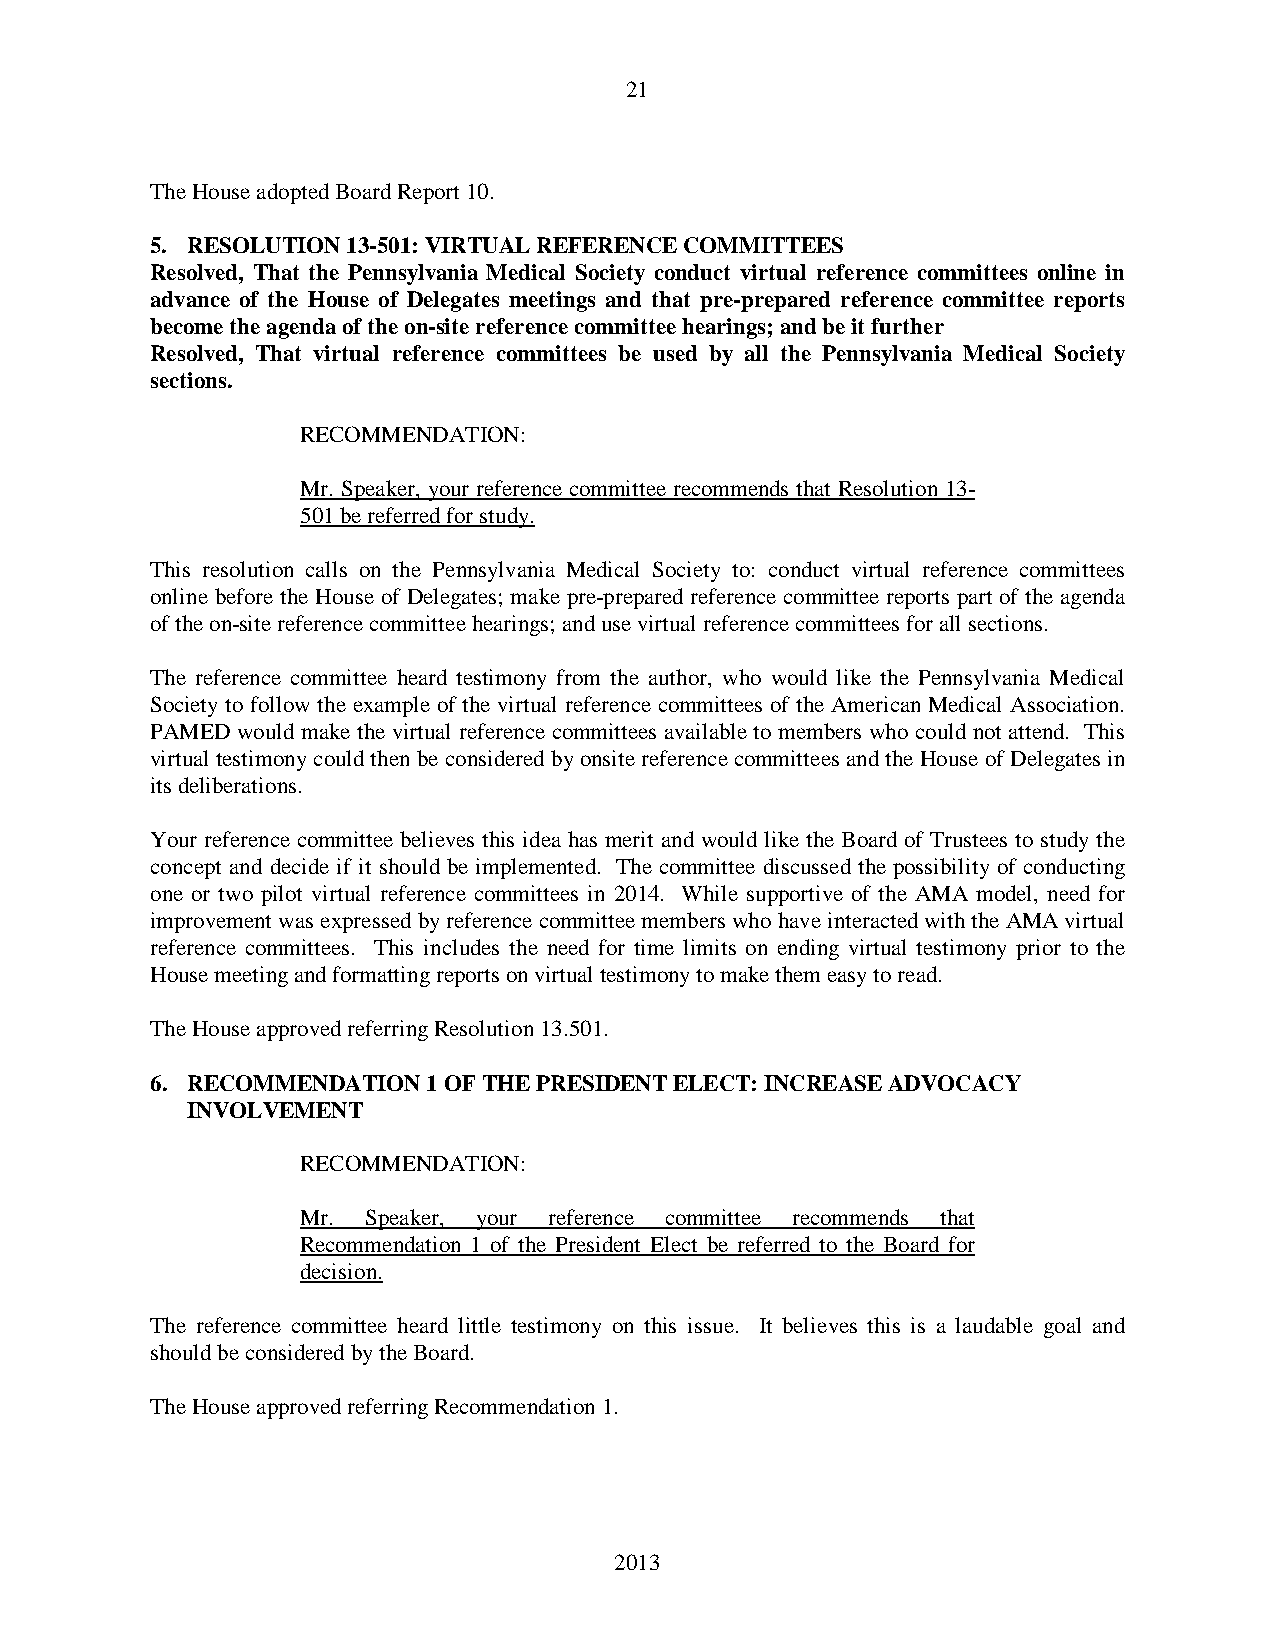
21
 The House adopted Board Report 10.
 5. RESOLUTION 13-501: VIRTUAL REFERENCE COMMITTEES
 Resolved, That the Pennsylvania Medical Society conduct virtual reference committees online in
 advance of the House of Delegates meetings and that pre-prepared reference committee reports
 become the agenda of the on-site reference committee hearings; and be it further
 Resolved, That virtual reference committees be used by all the Pennsylvania Medical Society
 sections.
 RECOMMENDATION:
 Mr. Speaker, your reference committee recommends that Resolution 13-
 501 be referred for study.
 This resolution calls on the Pennsylvania Medical Society to: conduct virtual reference committees
 online before the House of Delegates; make pre-prepared reference committee reports part of the agenda
 of the on-site reference committee hearings; and use virtual reference committees for all sections.
 The reference committee heard testimony from the author, who would like the Pennsylvania Medical
 Society to follow the example of the virtual reference committees of the American Medical Association.
 PAMED would make the virtual reference committees available to members who could not attend. This
 virtual testimony could then be considered by onsite reference committees and the House of Delegates in
 its deliberations.
 Your reference committee believes this idea has merit and would like the Board of Trustees to study the
 concept and decide if it should be implemented. The committee discussed the possibility of conducting
 one or two pilot virtual reference committees in 2014. While supportive of the AMA model, need for
 improvement was expressed by reference committee members who have interacted with the AMA virtual
 reference committees. This includes the need for time limits on ending virtual testimony prior to the
 House meeting and formatting reports on virtual testimony to make them easy to read.
 The House approved referring Resolution 13.501.
 6. RECOMMENDATION 1 OF THE PRESIDENT ELECT: INCREASE ADVOCACY
 INVOLVEMENT
 RECOMMENDATION:
 Mr. Speaker, your reference committee recommends that
 Recommendation 1 of the President Elect be referred to the Board for
 decision.
 The reference committee heard little testimony on this issue. It believes this is a laudable goal and
 should be considered by the Board.
 The House approved referring Recommendation 1.
 2013